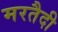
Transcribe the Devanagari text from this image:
मरतैदी